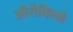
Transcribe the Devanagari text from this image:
औरोविल्ले